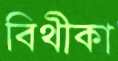
বিথীকা